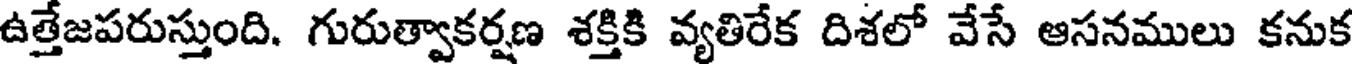
ఉత్తేజపరుస్తుంది. గురుత్వాకర్షణ శక్తికి వ్యతిరేక దిశలో వేసే ఆసనములు కనుక